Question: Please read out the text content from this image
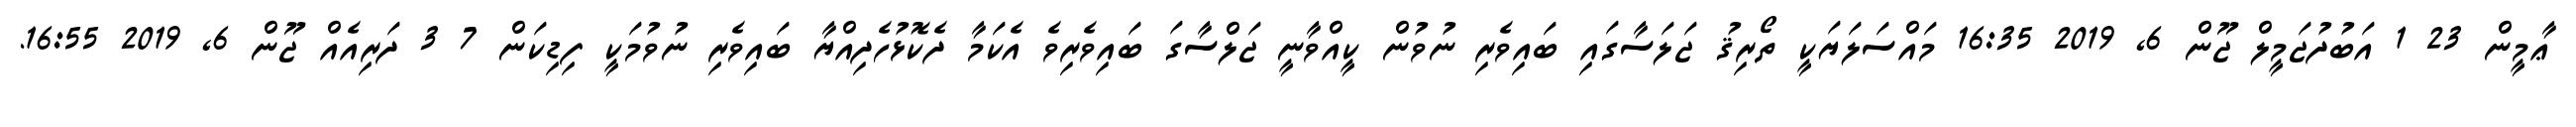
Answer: ޢާމީން 23 1 އަބުދުޖަމީލް ޖޫން 6, 2019 16:35 މައްސަލަޔަކީ ތޯރިޤު ޖަލަސާގައި ބައިވެރި ނުވުން ކީއްވާނީ ޖަލްސާގަ ބައިވެރިވެ އެކަމާ ދެކޮޅުހެދިއްޔާ ބައިވެރި ނުވުމަކީ ފިޑިކަން 7 3 ދަރިއެއް ޖޫން 6, 2019 16:55.